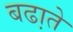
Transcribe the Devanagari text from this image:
बढा़ते